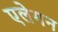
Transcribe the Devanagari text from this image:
एलेगन